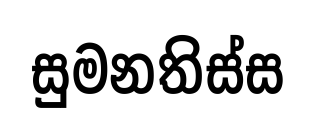
සුමනතිස්ස